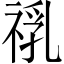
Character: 𱵙